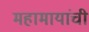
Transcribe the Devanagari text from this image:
महामायांची